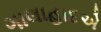
ગાલાહાદએ